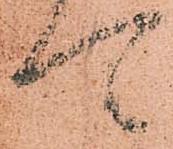
可